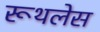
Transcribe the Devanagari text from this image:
रूथलेस